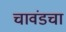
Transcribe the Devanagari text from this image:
चावंडचा